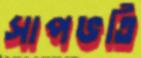
সাপভর্তি